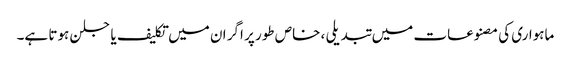
ماہواری کی مصنوعات میں تبدیلی ، خاص طور پر اگر ان میں تکلیف یا جلن ہوتا ہے۔